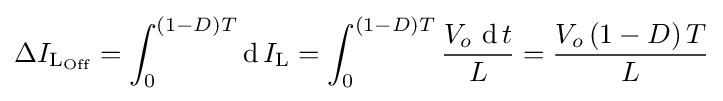
\Delta I_{{\text{L}}_{\text{Off}}}=\int _{0}^{\left(1-D\right)T}\operatorname {d} I_{\text{L}}=\int _{0}^{\left(1-D\right)T}{\frac {V_{o}\,\operatorname {d} t}{L}}={\frac {V_{o}\left(1-D\right)T}{L}}